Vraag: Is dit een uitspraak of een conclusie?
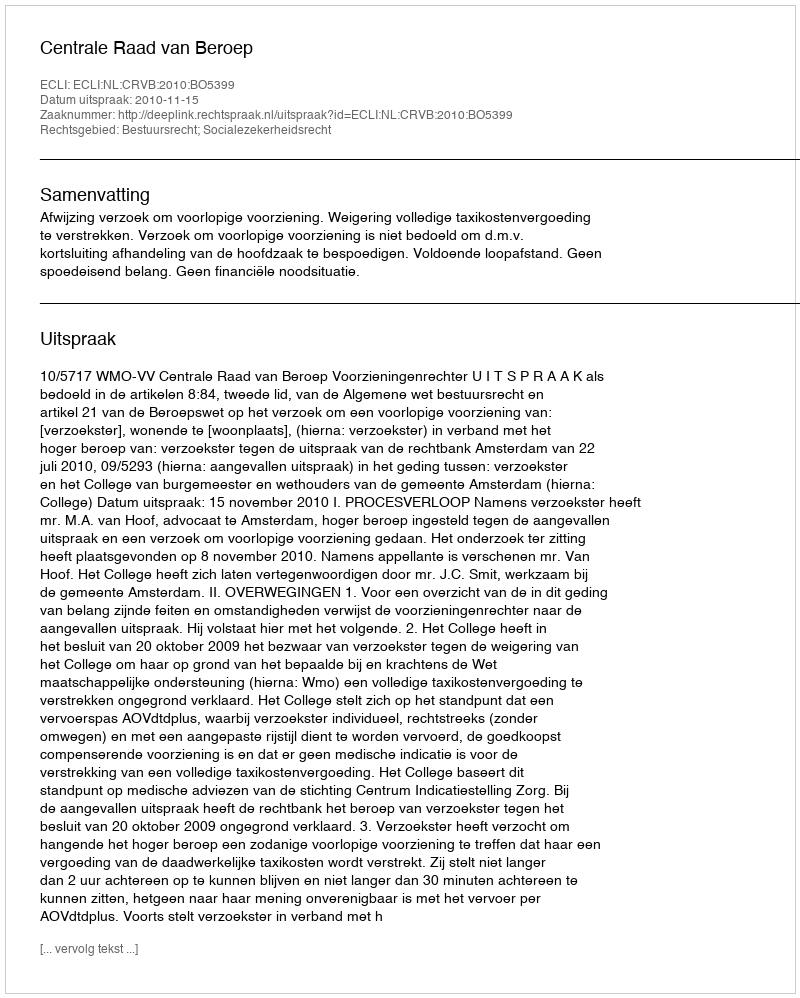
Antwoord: Uitspraak